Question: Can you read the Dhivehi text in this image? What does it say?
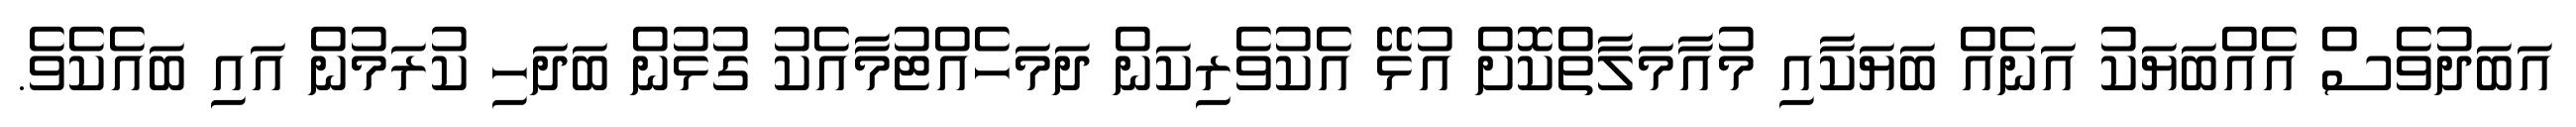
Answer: އަބަދުވެސް އެއްބަޔަކު އަނެއް ބަޔަކާއި މުއާމަލާތްކޮށް އުޅޭ އެކުވެރިކަން ދަމަހެއްޓުމާއެކު ގުޅުން ބަދަހި ކުރަމުން އައި ބައެކެވެ.